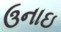
ઉનાઇ